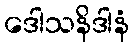
ဒေါသနိဒါနံ